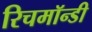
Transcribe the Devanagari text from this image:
रिचमॉन्डी